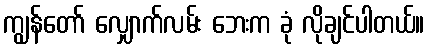
ကျွန်တော် လျှောက်လမ်း ဘေးက ခုံ လိုချင်ပါတယ်။